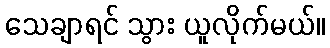
သေချာရင် သွား ယူလိုက်မယ်။